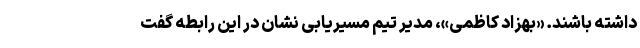
داشته باشند. «بهزاد کاظمی»، مدیر تیم مسیریابی نشان در این رابطه گفت